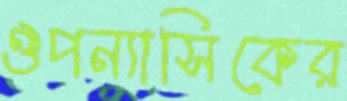
ঔপন্যাসিকের